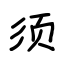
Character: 须